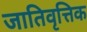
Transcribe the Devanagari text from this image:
जातिवृत्तिक